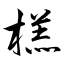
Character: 榚